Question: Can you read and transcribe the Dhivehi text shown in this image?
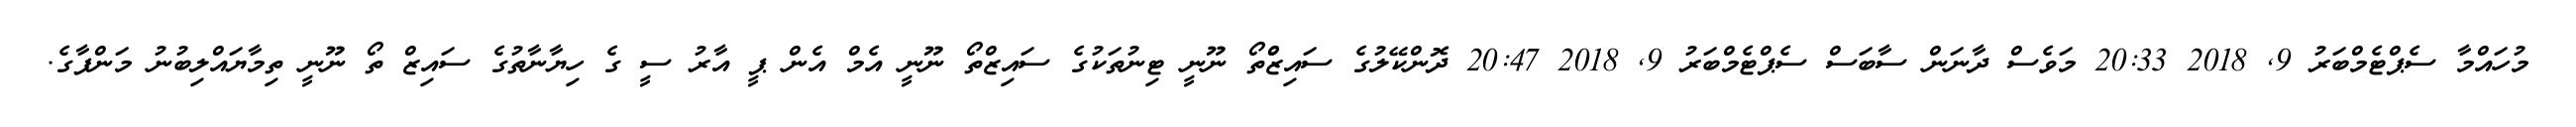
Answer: މުހައްމާ ސެޕްޓެމްބަރު 9, 2018 20:33 މަވެސް ދާނަން ސާބަސް ސެޕްޓެމްބަރު 9, 2018 20:47 ދޮންކޭލުގެ ސައިޒްްތޯ ނޫނީ ޓިނުތަކުގެ ސައިޒްތޯ ނޫނީ އެމް އެން ޕީ އާރު ސީ ގެ ހިޔާނާތުގެ ސައިޒް ތޯ ނޫނީ ތިމާޔައްލިބުނު މަންފާގެ.